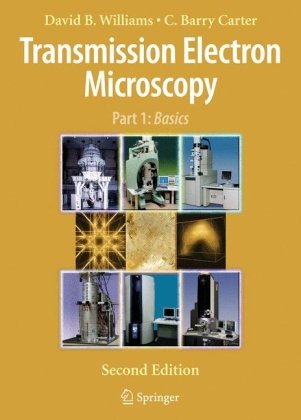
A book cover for Transmission Electron Microscopy: A Textbook for Materials Science (4 Vol set); David B. Williams; Science & Math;